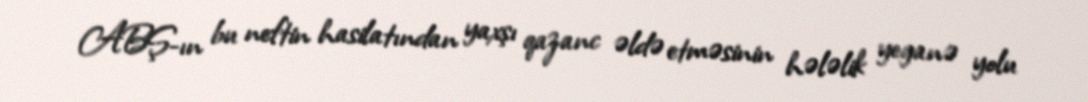
ABŞ-ın bu neftin hasilatından yaxşı qazanc əldə etməsinin hələlik yeganə yolu